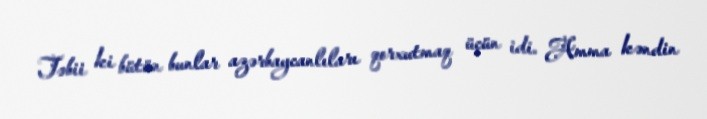
Təbii ki bütün bunlar azərbaycanlıları qorxutmaq üçün idi. Amma kəndin